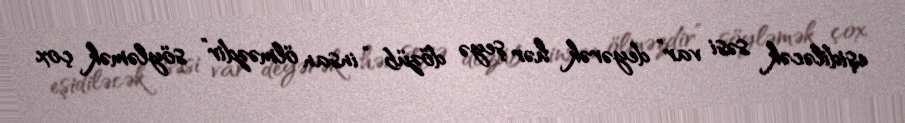
eşidiləcək səsi var” deyərək hər şeyə dözüb “insan ölməzdir” söyləmək çox